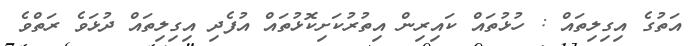
އަތުގެ އިގިލިތައް : ހުޅުތައް ކައިރިން އިތުރުކަށިކޮޅުތައް އުފެދި އިގިލިތައް ދުޅަވެ ރަތްވެ